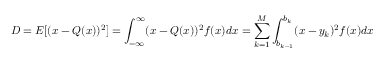
D = E [ ( x - Q ( x ) ) ^ { 2 } ] = \int _ { - \infty } ^ { \infty } ( x - Q ( x ) ) ^ { 2 } f ( x ) d x = \sum _ { k = 1 } ^ { M } \int _ { b _ { k - 1 } } ^ { b _ { k } } ( x - y _ { k } ) ^ { 2 } f ( x ) d x